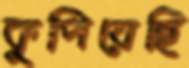
কুপিয়েছি